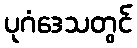
ပုဂံဒေသတွင်